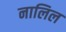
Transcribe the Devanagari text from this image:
नालिल